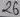
Text: 26